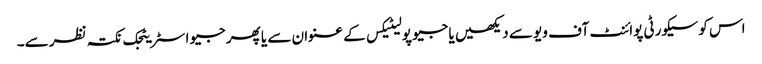
اس کو سیکورٹی پوائنٹ آف ویو سے دیکھیں یا جیو پولیٹیکس کے عنوان سے یا پھر جیو اسٹریٹجک نکتہ نظر سے۔